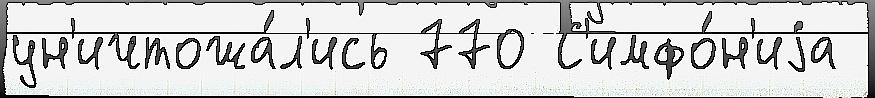
ун'ичтожа́л'ись 770 С'имфо́н'иjа